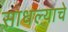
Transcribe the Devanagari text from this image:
साधल्याचे